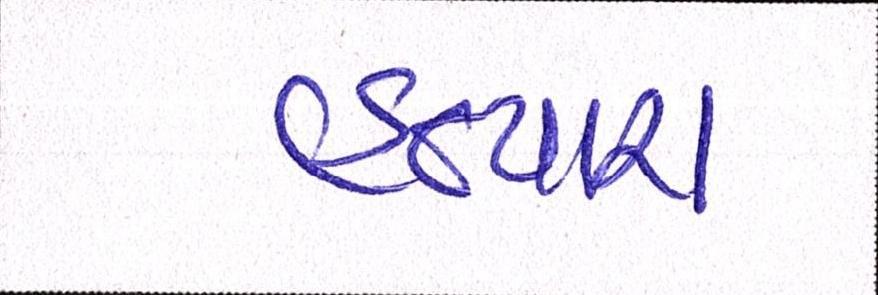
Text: હત્યારા